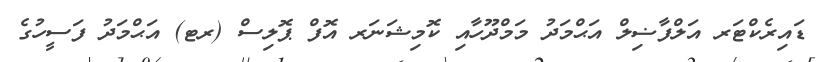
ޑައިރެކްޓަރ އަލްފާޟިލް އަޙްމަދު މަމްދޫހާއި ކޮމިޝަނަރ އޮފް ޕޮލިސް (ރޓ) އަޙްމަދު ފަސީހުގެ